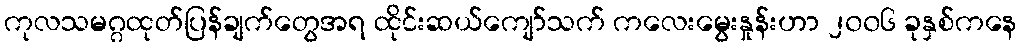
ကုလသမဂ္ဂထုတ်ပြန်ချက်တွေအရ ထိုင်းဆယ်ကျော်သက် ကလေးမွေးနှုန်းဟာ ၂၀၀၆ ခုနှစ်ကနေ